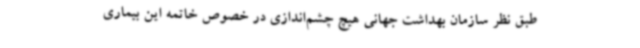
طبق نظر سازمان بهداشت جهانی هیچ چشم‌اندازی در خصوص خاتمه این بیماری